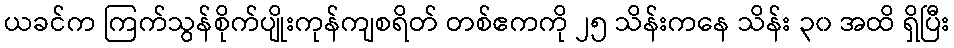
ယခင်က ကြက်သွန်စိုက်ပျိုးကုန်ကျစရိတ် တစ်ဧကကို ၂၅ သိန်းကနေ သိန်း ၃၀ အထိ ရှိပြီး